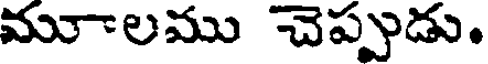
మూాలము చెప్పుడు.